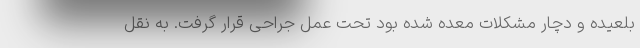
بلعیده و دچار مشکلات معده شده بود تحت عمل جراحی قرار گرفت. به نقل